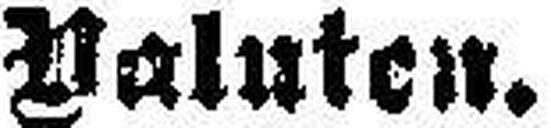
Valuten.